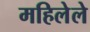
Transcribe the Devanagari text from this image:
महिलेले